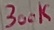
Text: 300K